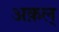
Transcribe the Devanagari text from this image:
अक़ल्‌